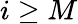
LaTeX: i\geq M